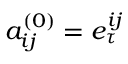
a _ { i j } ^ { ( 0 ) } = e _ { \tau } ^ { i j }